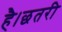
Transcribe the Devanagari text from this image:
है।छतरी